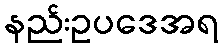
နည်းဥပဒေအရ